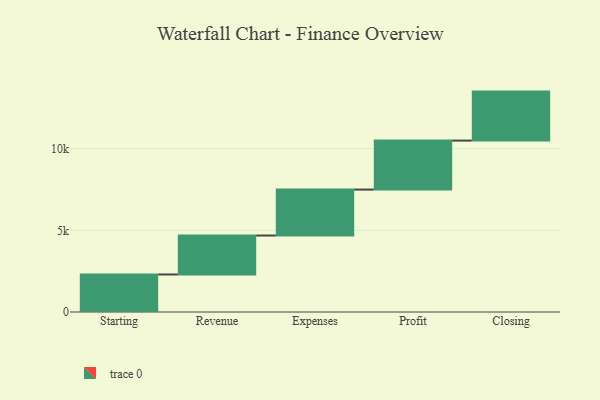
{"axis": {"x": "Step", "y": "Value"}, "legend": [""], "data": [{"x": "Starting", "y": 2298.0, "type": ""}, {"x": "Revenue", "y": 2385.0, "type": ""}, {"x": "Expenses", "y": 2813.0, "type": ""}, {"x": "Profit", "y": 3000, "type": ""}, {"x": "Closing", "y": 3000, "type": ""}]}